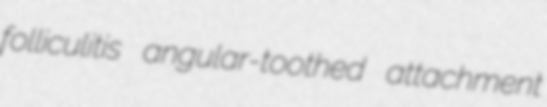
folliculitis angular-toothed attachment